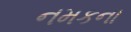
નમકના